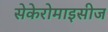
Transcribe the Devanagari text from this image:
सेकेरोमाइसीज